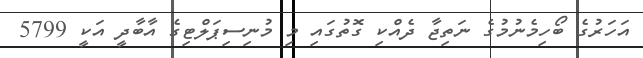
އަހަރުގެ ބޯހިމެނުމުގެ ނަތިޖާ ދެއްކި ގޮތުގައި މި މުނިސިޕަލްޓިގެ އާބާދީ އަކީ 5799